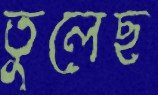
তুলেছ